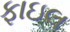
ફાઇલ